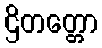
ဌိတတ္တော